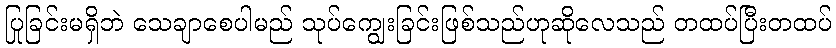
ပြုခြင်းမရှိဘဲ သေချာစေပါမည် သုပ်ကျွေးခြင်းဖြစ်သည်ဟုဆိုလေသည် တထပ်ပြီးတထပ်